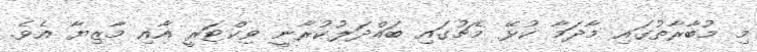
މި މުބާރާތުގައި މާދަމާ ކުޅޭ މެޗުގައި ބައްދަލުކުރާނީ ވިކްޓަރީ އާއި މާޒިޔާ އެވެ.